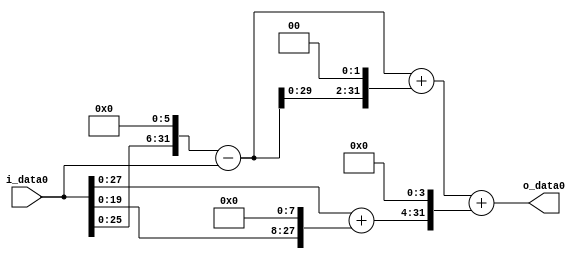
module multiplier_block (
    i_data0,
    o_data0
);

  // Port mode declarations:
  input   [31:0] i_data0;
  output  [31:0]
    o_data0;

  //Multipliers:

  wire [31:0]
    w1,
    w64,
    w63,
    w252,
    w315,
    w256,
    w257,
    w4112,
    w4427;

  assign w1 = i_data0;
  assign w252 = w63 << 2;
  assign w256 = w1 << 8;
  assign w257 = w1 + w256;
  assign w315 = w63 + w252;
  assign w4112 = w257 << 4;
  assign w4427 = w315 + w4112;
  assign w63 = w64 - w1;
  assign w64 = w1 << 6;

  assign o_data0 = w4427;

  //multiplier_block area estimate = 7125.14888406029;
endmodule